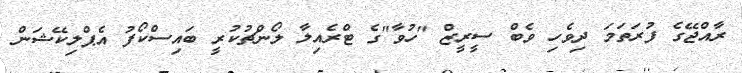
ރާއްޖޭގެ ފުރަތަމަ ދިވެހި ވެބް ސީރީޒް "ހުވާ"ގެ ޓްރެއިލާ ލޯންޗުކުރީ ބައިސްކޯފު އެޕްލިކޭޝަން